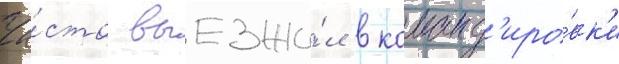
Ча́сто выезжа́л в команд'иро́вк'и